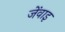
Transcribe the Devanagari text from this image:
जेंवाइ